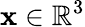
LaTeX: \mathbf{x}\in\mathbb{R}^{3}